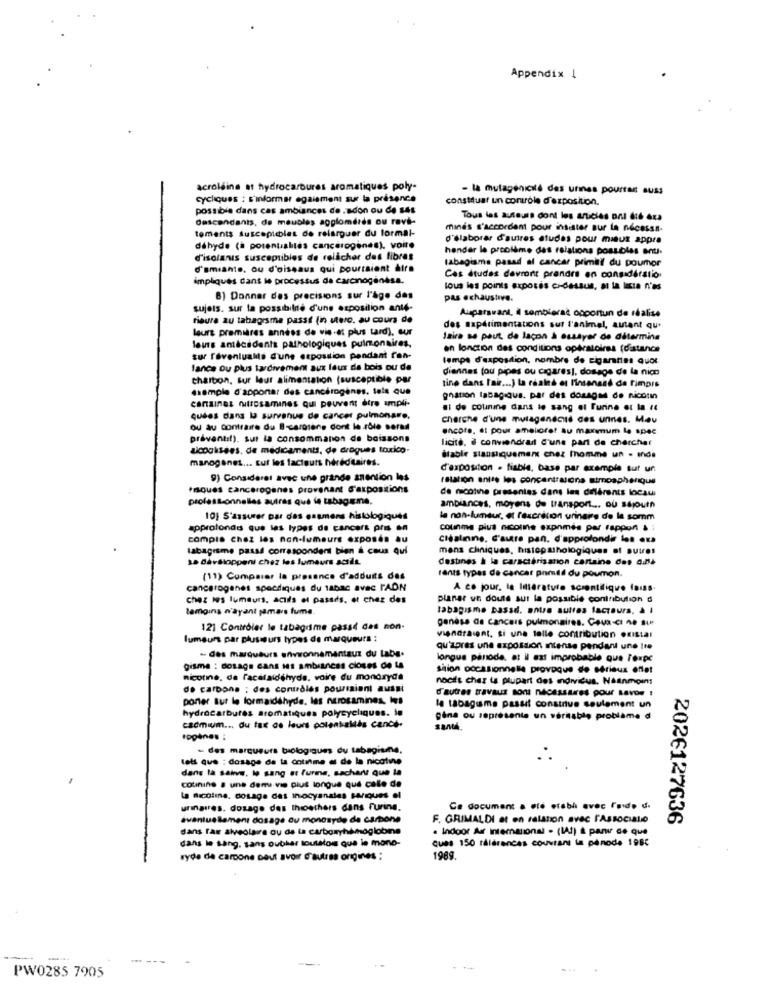
Appendix 1
acroleina at hydrocarbures aromatiques poly-
- la mutagenicité des urines pourras auss
cycliques : s'informer egaiement sur la présence
constduar un controle d'exposition.
possible dans cas ambiances de .scon ou de ses
descendants, de meubles agglomérés ou ravi-
Tous les auteurs dont les articles onl did Axa
tements susceptibles de relarguer du formal-
minds s'accordent pour insister sur la nécessa-
d'élaborer d'autres etudes pour mieux appra
déhyde (à potentialités cancerogenes), voire
hender le problème des relations possibles anu.
d'isolanis susceptibles de relâcher das fibras
tabagisme pasad al cancer primii du poumor
d'amianto, ou d'oiseaus qui pourraient dire
impliqués dans le processus de carcinogenasa.
Cas études devront prendre en considération
tous les points exposés ci-dessus, a la lucia n'es
8) Donner des precisions sur l'âge das
pas exhaustive.
sujets. sur la possibilité d'une esposilion ante-
Auparavant, Il semblerac opportun de réalise
fioura au tabagisme passt (in utero. au cours de
leurs premières années de vis.et plus tard), our
des maperimentations sur l'animal, autant que
laire se paut de laçon à essayer de détermina
leurs antécédents pathologiques pulmonaires,
en fonction des conditions opératoires (distance
sur foveniualls d'une exposition pendant fon-
temps d'exposition, nombre de cigarettes quo
lance ou plus tardivement aux laux de bois ou da
diennes (ou pipes ou cigares), dosage de la nic
Charbon, sur leur alimentation (susceptible par
ssample d'apponar des cancerogènes, tels que
tino dans Iair ... ) la reales et linsenand de fimpis
canaines outrosamines qui peuvent être ampli-
gnation tabagique. par des dosage de nicotin
si de counine dans lo sang et Furine et la r4
quees dans la survenue de cancer pulmonare,
cherche d'une mutagendass des unnes. Meu
ou au contraire du B-carotene dont le 46le serad
encore, at pour amelioret au maximum la spec
proventil). sur la consommation de boissons
licité. à conviendrait d'une part de chercher
Licooksses. de médicaments, de drogues toxico
manogenet ... Euf les facteurs héréditaires.
table stansiquement chez mhomme un . mds
d'exposition . fiable, base par exemple sur un
9) Consideret avec une grande anention los
relation entre les concentrazione simpapherique
fiques canceroganes provenant d'expositions
de nicotine presentes dans les différents locaui
professionnelles autres que le tabagisme.
ambiances, moyens de transport ... ou séjourn
10; S'assurer par das esamens histologiques
le non-fumeur, et faxcrétion urinaire de la somm
approfondis que les types de cancers pris en
counme plus nicoline expnmés par rapport & ;
compla chez les non-lumaurt exposés au
cléslining, d'autre pan. d'approfondir los exa
tabagisme pasad correspondent bien & cous qui
mens cliniques, histopathologiques of autres
sa Bavsloppeni chez les fumeurs actie.
destinés à la caractérisation cartaine des aus
rants types de cancer pomtil du poumon.
(11) Comparar la presence d'adduits des
cancerogenes spoctiques du tabac avec FAON
A ce jour, la littérature scientifique fais
chez wes lumeurs, acuils et passds, et chez des
planer un doute sut la possible contribution d
lamgins n'ayant jamais fume.
tabagisme Dassdi. entre autres facteurs, & I
genèse de Cancers pulmonaires. Ceux-ci no sue
121 Controler le tabagisme passt das non-
lumaura par plusieurs types de marqueurs :
Viendraient, si une telle contribution oxistar
- des marqueurs envwonnemantaux du Labs.
qu'apres une expossion Intense pendant une tre
longue panode, a: il azt improbable que l'expe
gisme : dosage cans 11 ambisness closes de ta
sition occasionnelle provoque de sérieux effet
nicotine, de l'acalaldehyde, voire du mondryda
nocifs chez la plupart des Individus. Néanmoins
de carbone ; des contrôles pourraient aussi
d'autres travaux sont nécessaires pour Lavos !
poner tur le formaidéhyde, las nurosamines, Ies
hydrocarbures aromatiques polycycliques. in
la tabagisme passif construe seulement un
gina ou seprésente un véritable problème d
cadmium ... du fax de leurs polentaliés cancs-
- des marqueurs biologiques du tabagiune.
tets que : dosage de la cotime et de la nicotine
dans la salve, le sang et l'urine, sachant que la
cotinine a une demi vie plus longue qué cale de
La nicotine. dosage des inocyanales Briques el
urinaires. dosage des thoethers dans furing.
Ce document a ete etabhi avec l'aide d.
éventuellement dosage ou monosyde de carbone
F. GRIMALDI at en relation avec l'Associatio
2026127636
dans l'ar alveolaire ou de ta carboxyhémoglobine
. Indoor Air International - (IAt) & pan de que
dans le sang, sans oubhar louttous que le mono-
ques 150 références couvrant la pinode 1985
ryde de carbone peut avoir d'autres origines :
1989
---
...
PW0285 7905